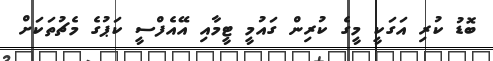
ބޮޑު ކުރި އަގަކީ މީގެ ކުރިން ގައުމީ ޓީމާއި އޭއެފްސީ ކަޕުގެ މެޗުތަކަށް